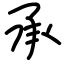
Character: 承